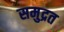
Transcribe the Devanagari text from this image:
समुद्रत